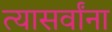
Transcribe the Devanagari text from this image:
त्यासर्वांना